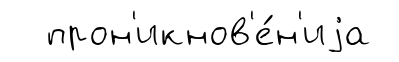
прон'икнов'е́н'иjа